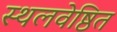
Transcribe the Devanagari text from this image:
स्थलवेष्ठित